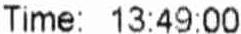
TIME: 13:49:00